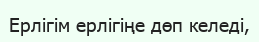
Ерлігім ерлігіңе дөп келеді,